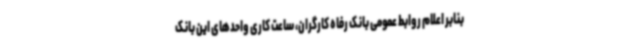
بنابر اعلام روابط عمومی بانک رفاه کارگران، ساعت کاری واحدهای این بانک